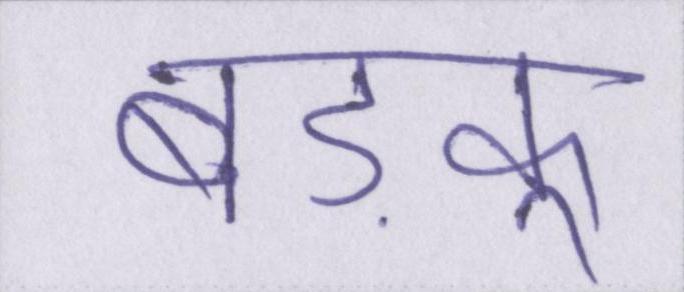
बड़कू